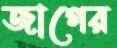
জাগের